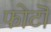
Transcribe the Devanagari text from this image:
फोटॊ